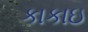
કાકાઇ